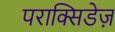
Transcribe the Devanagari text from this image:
पराक्सिडेज़